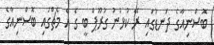
ބޮސްނިއާގެ ދަނޑުގައި ރޭ ކުޅުނު ގުރޫޕް ބީ ގެ އެ މެޗްގައި ބޮސްނިއާގެ